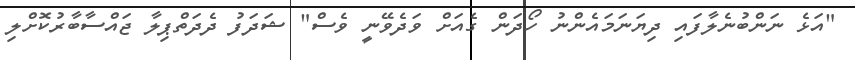
"އަޅެ ނަންބުނެލާފައި ދިޔަނަމައެންނު ހޯދަން ގެއަށް ވަދެވޭނީ ވެސް" ޝަދަފު ދެދަތްޕިލާ ޖައްސާބާރުކޮށްލި